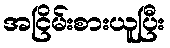
အငြိမ်းစားယူပြီး